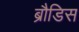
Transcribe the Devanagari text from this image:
ब्रौडिस